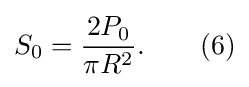
S_{0}={\frac {2P_{0}}{\pi R^{2}}}.\qquad (6)